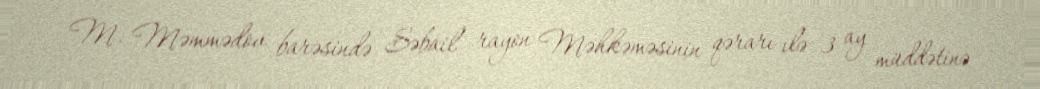
M. Məmmədov barəsində Səbail rayon Məhkəməsinin qərarı ilə 3 ay müddətinə